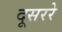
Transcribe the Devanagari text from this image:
दूसररे